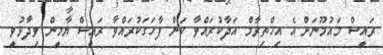
ރައީސް މައުމޫނަށް އެ އިހްތިރާމް އަދާކުރައްވާ ކަން ފާހަގަކުރައްވާ ރައީސް ޔާމީން ވިދާޅުވީ